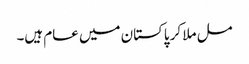
مل ملا کر پاکستان میں عام ہیں۔